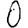
Digit: 0